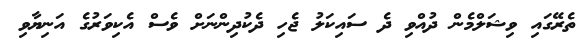
ތެރޭގައި ވިޝަލްމެން ދުއްވި ދެ ސައިކަލު ޖެހި ދެކުދިންނަށް ވެސް އެކިވަރުގެ އަނިޔާވި